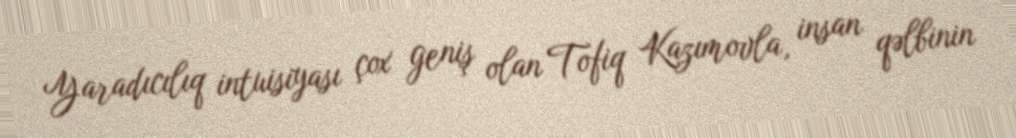
Yaradıcılıq intuisiyası çox geniş olan Tofiq Kazımovla, insan qəlbinin